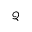
\mathcal { Q }